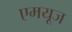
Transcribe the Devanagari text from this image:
एमयूज